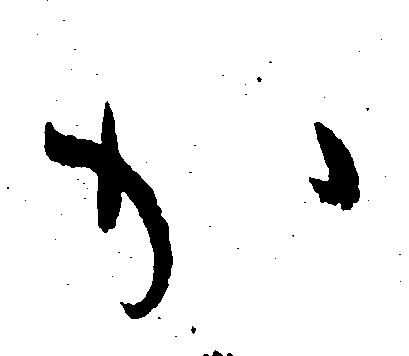
か